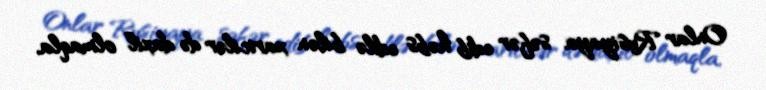
Onlar Rusiyaya səfər edib həbs edilə bilən xaricilər də daxil olmaqla,